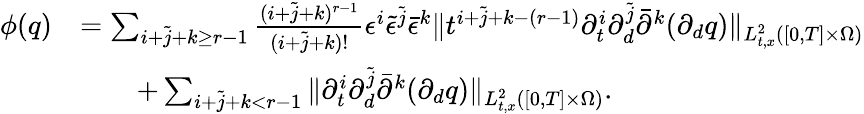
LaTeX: \begin{array}{rl}{\phi(q)}&{=\sum_{i+\tilde{j}+k\ge r-1}\frac{(i+\tilde{j}+k)^{r-1}}{(i+\tilde{j}+k)!}\epsilon^{i}\tilde{\epsilon}^{\tilde{j}}\bar{\epsilon}^{k}\| t^{i+\tilde{j}+k-(r-1)}\partial_{t}^{i}\partial_{d}^{\tilde{j}}\bar{\partial}^{k}(\partial_{d}q)\| _{L_{t,x}^{2}([0,T]\times\Omega)}}\\ &{\quad\quad+\sum_{i+\tilde{j}+k<r-1}\| \partial_{t}^{i}\partial_{d}^{\tilde{j}}\bar{\partial}^{k}(\partial_{d}q)\| _{L_{t,x}^{2}([0,T]\times\Omega)}.}\end{array}